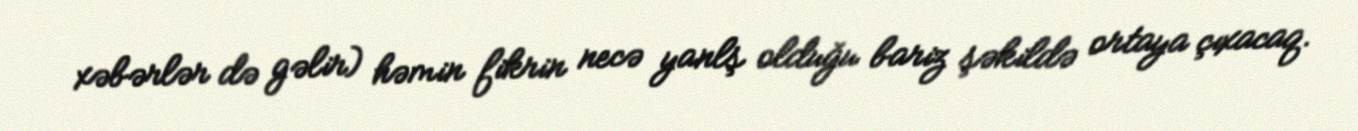
xəbərlər də gəlir) həmin fikrin necə yanlş olduğu bariz şəkildə ortaya çıxacaq.